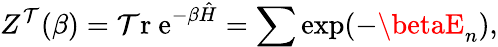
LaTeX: Z^{\mathcal{T}}(\beta)={\mathrm{{\mathcal{T}r~e}}}^{-\beta\hat{{H}}}=\sum\exp(-\betaE_{n}),